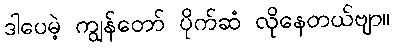
ဒါပေမဲ့ ကျွန်တော် ပိုက်ဆံ လိုနေတယ်ဗျာ။